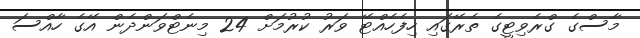
މާސްގެ ގްރެވިޓީގެ ތެރޭގައި ހިފެހެއްޓޭ ވަރު ކުރުމަށް 24 މިނެޓްވަންދެން އޭގެ ހާއްސަ